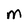
Character: M